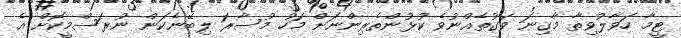
ޓީމާ ހަވާލުވިތާ މާގިނަ ވަގުތެއްނުވެ ކުޅުންތެރިންނަށް މަހު މުސާރަ ލިބޭނެކަން ނުރަސްމީކޮށް އެ